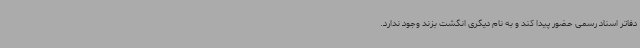
دفاتر اسناد رسمی حضور پیدا کند و به نام دیگری انگشت بزند وجود ندارد.